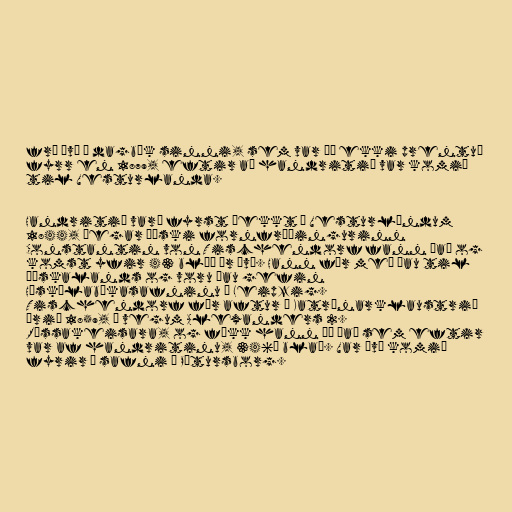
frá því í dagbók sinni, sem var þó ekki prentuð
fyrr en 1879, eftir að handritið var komið
til Vesturlanda.

Handritið varð fyrst þekkt á Vesturlöndum
1844, þegar þýski fornfræðingurinn
Constantin von Tischendorf fann það og
komst yfir 43 blöð úr því. Hann fór með þau til
Þýskalands og voru þau gefin
Háskólabókasafninu í Leipzig.
Tischendorf fór aftur í Katrínarklaustrið
árið 1859, á vegum Alexanders 2.
Rússakeisara, og fékk hann þá það sem eftir
var af handritinu, 346½ blað. Var því komið
fyrir í safni í Pétursborg.